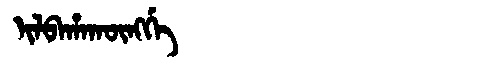
Manchu: ᡳᠯᠪᠠᡥᠠᡴᡡᠩᡤᡝ
Romanization: ILBAHAKŪNGGE